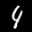
Label: 4